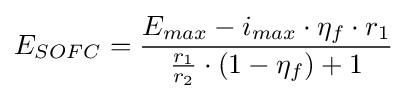
E_{SOFC}={\frac {E_{max}-i_{max}\cdot \eta _{f}\cdot r_{1}}{{\frac {r_{1}}{r_{2}}}\cdot \left(1-\eta _{f}\right)+1}}